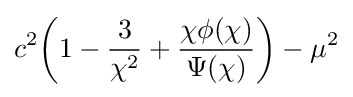
c^{2}\!\left(1-{\frac {3}{\chi ^{2}}}+{\frac {\chi \phi (\chi )}{\Psi (\chi )}}\right)-\mu ^{2}